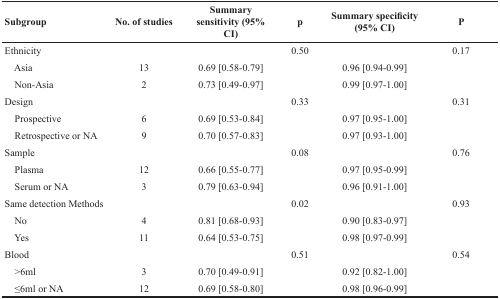
| Subgroup | No. of studies | Summary sensitivity (95% CI) | p | Summary specificity (95% CI) | p |
 | --- | --- | --- | --- | --- | --- |
 | Ethnicity |  |  | 0.50 |  | 0.17 |
 | Asia | 13 | 0.69 [0.58-0.79] |  | 0.96 [0.94-0.99] |  |
 | Non-Asia | 2 | 0.73 [0.49-0.97] |  | 0.99 [0.97-1.00] |  |
 | Design |  |  | 0.33 |  | 0.31 |
 | Prospective | 6 | 0.69 [0.53-0.84] |  | 0.97 [0.95-1.00] |  |
 | Retrospective or NA | 9 | 0.70 [0.57-0.83] |  | 0.97 [0.93-1.00] |  |
 | Sample |  |  | 0.08 |  | 0.76 |
 | Plasma | 12 | 0.66 [0.55-0.77] |  | 0.97 [0.95-0.99] |  |
 | Serum or NA | 3 | 0.79 [0.63-0.94] |  | 0.96 [0.91-1.00] |  |
 | Same detection Methods |  |  | 0.02 |  | 0.93 |
 | No | 4 | 0.81 [0.68-0.93] |  | 0.90 [0.83-0.97] |  |
 | Yes | 11 | 0.64 [0.53-0.75] |  | 0.98 [0.97-0.99] |  |
 | Blood |  |  | 0.51 |  | 0.54 |
 | >6ml | 3 | 0.70 [0.49-0.91] |  | 0.92 [0.82-1.00] |  |
 | ≤6ml or NA | 12 | 0.69 [0.58-0.80] |  | 0.98 [0.96-0.99] |  |